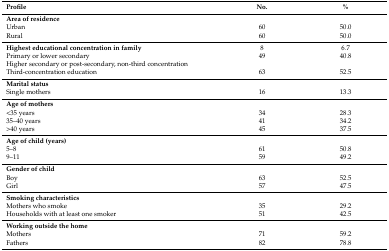
<table><thead><tr><td><b>Profile</b></td><td><b>No.</b></td><td><b>%</b></td></tr></thead><tbody><tr><td><b>Area of residence</b></td><td></td><td></td></tr><tr><td>Urban</td><td>60</td><td>50.0</td></tr><tr><td>Rural</td><td>60</td><td>50.0</td></tr><tr><td><b>Highest educational concentration in family</b></td><td>8</td><td>6.7</td></tr><tr><td>Primary or lower secondary</td><td>49</td><td>40.8</td></tr><tr><td>Higher secondary or post-secondary, non-third concentration</td><td></td><td></td></tr><tr><td>Third-concentration education</td><td>63</td><td>52.5</td></tr><tr><td><b>Marital status</b></td><td></td><td></td></tr><tr><td>Single mothers</td><td>16</td><td>13.3</td></tr><tr><td><b>Age of mothers</b></td><td></td><td></td></tr><tr><td>&lt;35 years</td><td>34</td><td>28.3</td></tr><tr><td>35–40 years</td><td>41</td><td>34.2</td></tr><tr><td>&gt;40 years</td><td>45</td><td>37.5</td></tr><tr><td><b>Age of child (years)</b></td><td></td><td></td></tr><tr><td>5–8</td><td>61</td><td>50.8</td></tr><tr><td>9–11</td><td>59</td><td>49.2</td></tr><tr><td><b>Gender of child</b></td><td></td><td></td></tr><tr><td>Boy</td><td>63</td><td>52.5</td></tr><tr><td>Girl</td><td>57</td><td>47.5</td></tr><tr><td><b>Smoking characteristics</b></td><td></td><td></td></tr><tr><td>Mothers who smoke</td><td>35</td><td>29.2</td></tr><tr><td>Households with at least one smoker</td><td>51</td><td>42.5</td></tr><tr><td><b>Working outside the home</b></td><td></td><td></td></tr><tr><td>Mothers</td><td>71</td><td>59.2</td></tr><tr><td>Fathers</td><td>82</td><td>78.8</td></tr></tbody></table>